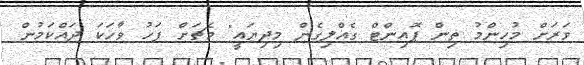
ވަރަށް މުހިންމު ތިން ޕޮއިންޓް ގެއްލިގެން މިދިޔައީ" މެޗަށް ފަހު ވާހަކަ ދައްކަމުން